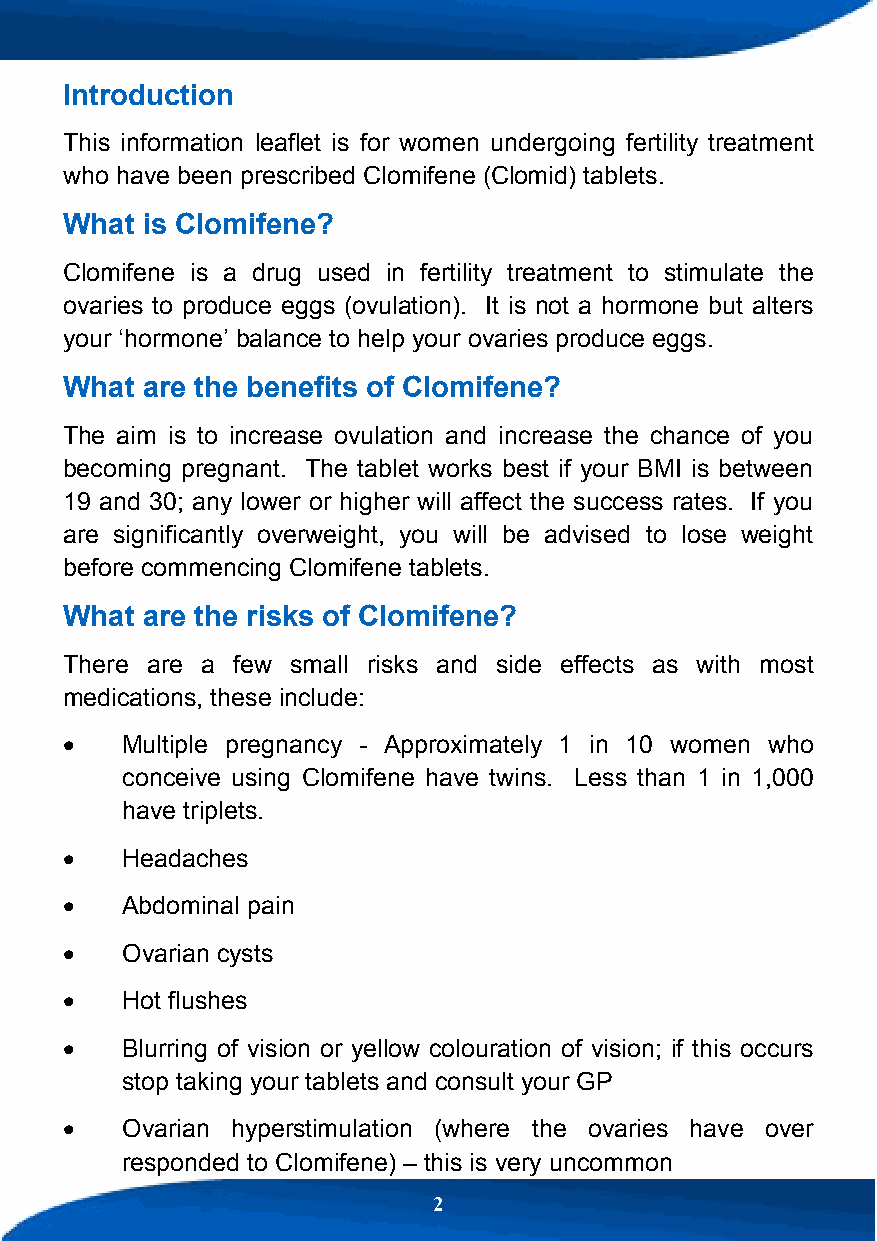
Introduction
 This information leaflet is for women undergoing fertility treatment
 who have been prescribed Clomifene (Clomid) tablets.
 What is Clomifene?
 Clomifene is a drug used in fertility treatment to stimulate the
 ovaries to produce eggs (ovulation). It is not a hormone but alters
 your ‘hormone’ balance to help your ovaries produce eggs.
 What are the benefits of Clomifene?
 The aim is to increase ovulation and increase the chance of you
 becoming pregnant. The tablet works best if your BMI is between
 19 and 30; any lower or higher will affect the success rates. If you
 are significantly overweight, you will be advised to lose weight
 before commencing Clomifene tablets.
 What are the risks of Clomifene?
 There are a few small risks and side effects as with most
 medications, these include:
    Multiple pregnancy - Approximately 1 in 10 women who
 conceive using Clomifene have twins. Less than 1 in 1,000
 have triplets.
    Headaches
    Abdominal pain
    Ovarian cysts
    Hot flushes
    Blurring of vision or yellow colouration of vision; if this occurs
 stop taking your tablets and consult your GP
    Ovarian hyperstimulation (where the ovaries have over
 responded to Clomifene) – this is very uncommon
 2